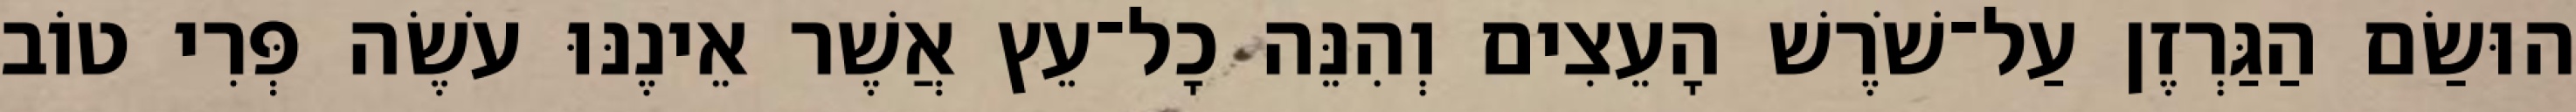
הוּשַׂם הַגַּרְזֶן עַל־שֹׁרֶשׁ הָעֵצִים וְהִנֵּה כָל־עֵץ אֲשֶׁר אֵינֶנּוּ עֹשֶׂה פְּרִי טוֹב